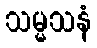
သမ္မသနံ